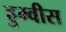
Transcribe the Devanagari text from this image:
हुम्वीस